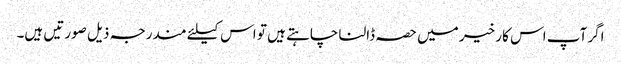
اگر آپ اس کار خیر میں حصہ ڈالنا چاہتے ہیں تو اس کیلئے مندرجہ ذیل صورتیں ہیں۔